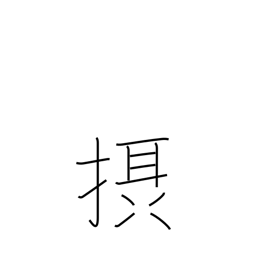
Meaning: absorb